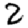
Digit: 2